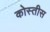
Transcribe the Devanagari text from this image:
कोस्तीस